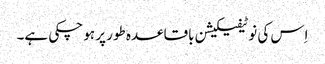
اِس کی نوٹیفیکیشن باقاعدہ طور پر ہو چکی ہے۔